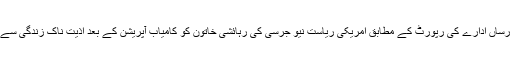
غیر ملکی خبر رساں ادارے کی رپورٹ کے مطابق امریکی ریاست نیو جرسی کی رہائشی خاتون کو کامیاب آپریشن کے بعد اذیت ناک زندگی سے نجات دے دی۔